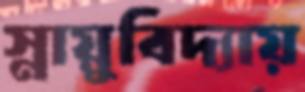
স্নায়ুবিদ্যায়